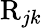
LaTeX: \mathrm{R}_{jk}